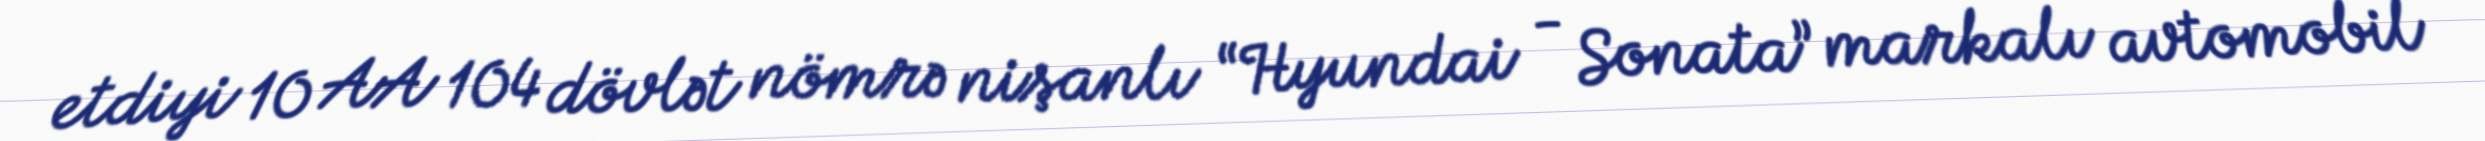
etdiyi 10 AA 104 dövlət nömrə nişanlı “Hyundai - Sonata” markalı avtomobil